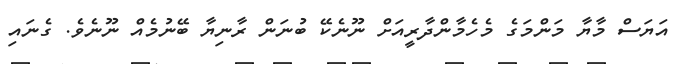
އަޔަސް މާޔާ މަންމަގެ މެހެމާންދާރީއަށް ނޫނެކޭ ބުނަން ރާނިޔާ ބޭނުމެއް ނޫނެވެ. ގެނައި